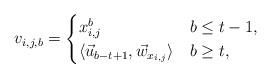
LaTeX: \begin{align*} v_{i,j,b}=\begin{cases}x_{i,j}^b & b\leq t-1, \\\langle\vec{u}_{b-t+1},\vec{w}_{x_{i,j}}\rangle & b\geq t,\end{cases}\end{align*}